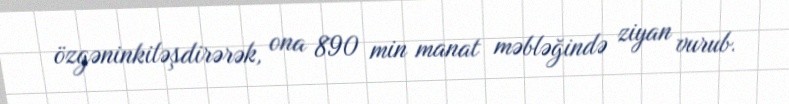
özgəninkiləşdirərək, ona 890 min manat məbləğində ziyan vurub.